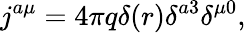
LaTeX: j^{a\mu}=4\pi q\delta(r)\delta^{a3}\delta^{\mu 0},